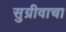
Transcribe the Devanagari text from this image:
सुग्रीवाचा